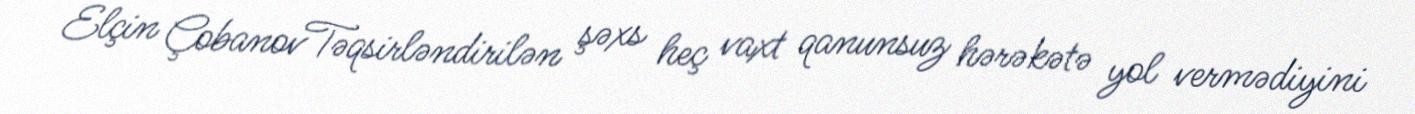
Elçin ÇobanovTəqsirləndirilən şəxs heç vaxt qanunsuz hərəkətə yol vermədiyini